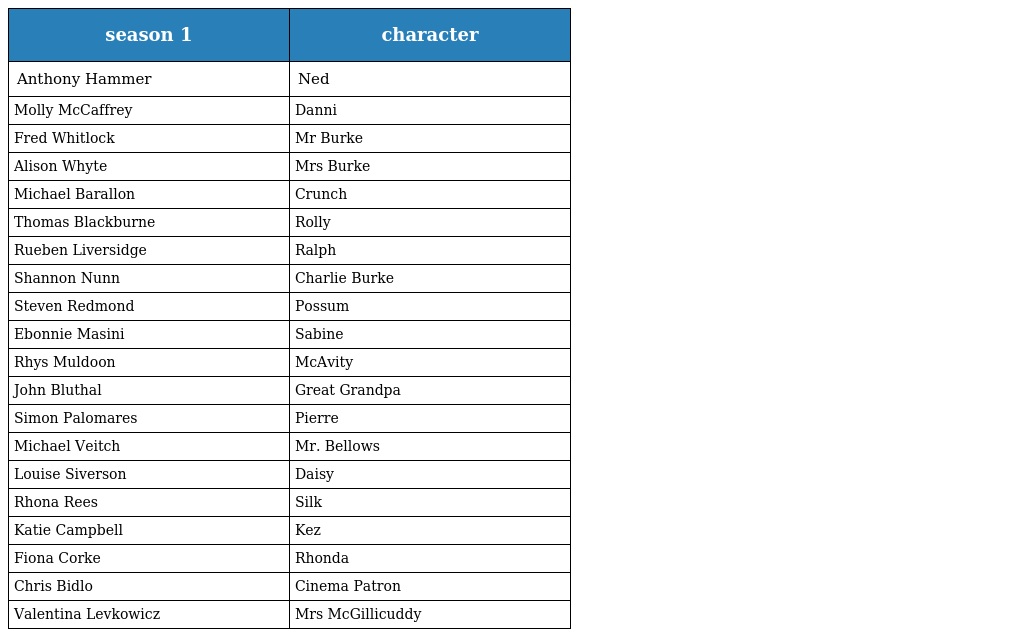
| season 1 | character |
 | --- | --- |
 | Anthony Hammer | Ned |
 | Molly McCaffrey | Danni |
 | Fred Whitlock | Mr Burke |
 | Alison Whyte | Mrs Burke |
 | Michael Barallon | Crunch |
 | Thomas Blackburne | Rolly |
 | Rueben Liversidge | Ralph |
 | Shannon Nunn | Charlie Burke |
 | Steven Redmond | Possum |
 | Ebonnie Masini | Sabine |
 | Rhys Muldoon | McAvity |
 | John Bluthal | Great Grandpa |
 | Simon Palomares | Pierre |
 | Michael Veitch | Mr. Bellows |
 | Louise Siverson | Daisy |
 | Rhona Rees | Silk |
 | Katie Campbell | Kez |
 | Fiona Corke | Rhonda |
 | Chris Bidlo | Cinema Patron |
 | Valentina Levkowicz | Mrs McGillicuddy |